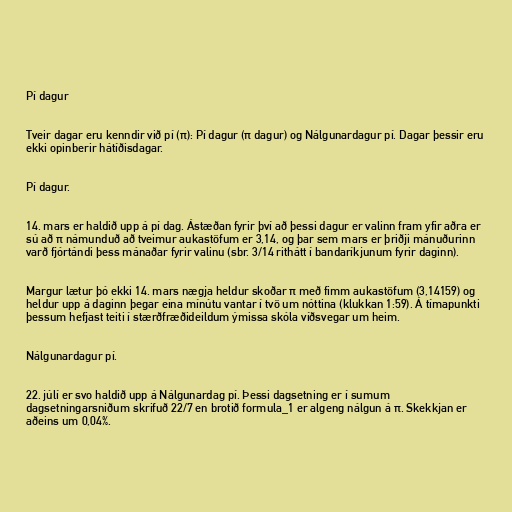
Pí dagur

Tveir dagar eru kenndir við pí (π): Pí dagur (π dagur) og Nálgunardagur pí. Dagar þessir eru
ekki opinberir hátíðisdagar.

Pí dagur.

14. mars er haldið upp á pí dag. Ástæðan fyrir því að þessi dagur er valinn fram yfir aðra er
sú að π námunduð að tveimur aukastöfum er 3,14, og þar sem mars er þriðji mánuðurinn
varð fjórtándi þess mánaðar fyrir valinu (sbr. 3/14 rithátt í bandaríkjunum fyrir daginn).

Margur lætur þó ekki 14. mars nægja heldur skoðar π með fimm aukastöfum (3,14159) og
heldur upp á daginn þegar eina mínútu vantar í tvö um nóttina (klukkan 1:59). Á tímapunkti
þessum hefjast teiti í stærðfræðideildum ýmissa skóla víðsvegar um heim.

Nálgunardagur pí.

22. júlí er svo haldið upp á Nálgunardag pí. Þessi dagsetning er í sumum
dagsetningarsniðum skrifuð 22/7 en brotið formula_1 er algeng nálgun á π. Skekkjan er
aðeins um 0,04%.